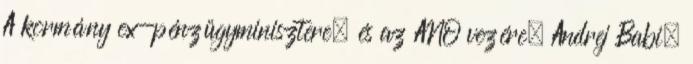
A kormány ex-pénzügyminisztere, és az ANO vezére, Andrej Babiš